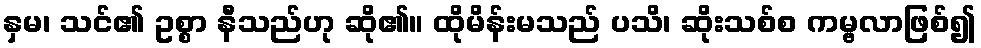
နှမ၊ သင်၏ ဥစ္စာ နီသည်ဟု ဆို၏။ ထိုမိန်းမသည် ပသိ၊ ဆိုးသစ်စ ကမ္ဗလာဖြစ်၍